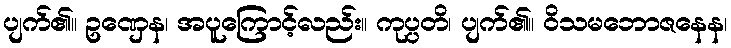
ပျက်၏။ ဥဏှေန၊ အပူကြောင့်လည်း။ ကုပ္ပတိ၊ ပျက်၏။ ဝိသမဘောဇနေန၊